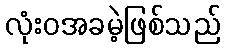
လုံးဝအခမဲ့ဖြစ်သည်